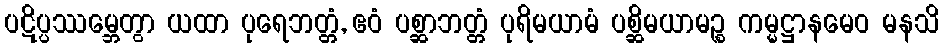
ပဋိပ္ပဿမ္ဘေတွာ ယထာ ပုရေဘတ္တံ, ဧဝံ ပစ္ဆာဘတ္တံ ပုရိမယာမံ ပစ္ဆိမယာမဉ္စ ကမ္မဋ္ဌာနမေဝ မနသိ